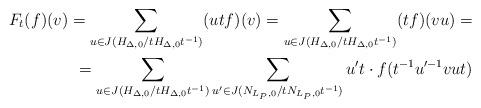
LaTeX: \begin{align*}F_t(f)(v)=\sum_{u\in J(H_{\Delta,0}/tH_{\Delta,0}t^{-1})}(utf)(v)=\sum_{u\in J(H_{\Delta,0}/tH_{\Delta,0}t^{-1})}(tf)(vu)=\\=\sum_{u\in J(H_{\Delta,0}/tH_{\Delta,0}t^{-1})}\sum_{u'\in J(N_{L_P,0}/tN_{L_P,0}t^{-1})}u't\cdot f(t^{-1}u'^{-1}vut)\end{align*}